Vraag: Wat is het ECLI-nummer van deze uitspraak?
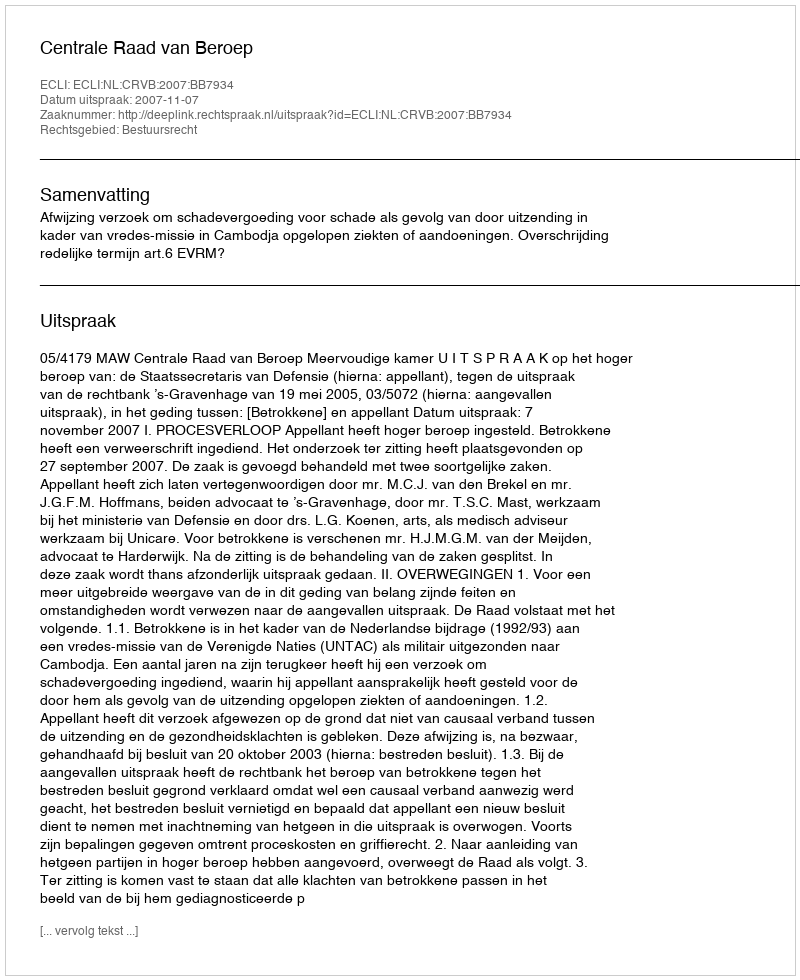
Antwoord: ECLI:NL:CRVB:2007:BB7934